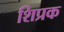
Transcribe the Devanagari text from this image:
शिप्रक